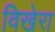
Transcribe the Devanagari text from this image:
विखेरा